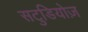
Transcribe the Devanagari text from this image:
सटुडियोज़